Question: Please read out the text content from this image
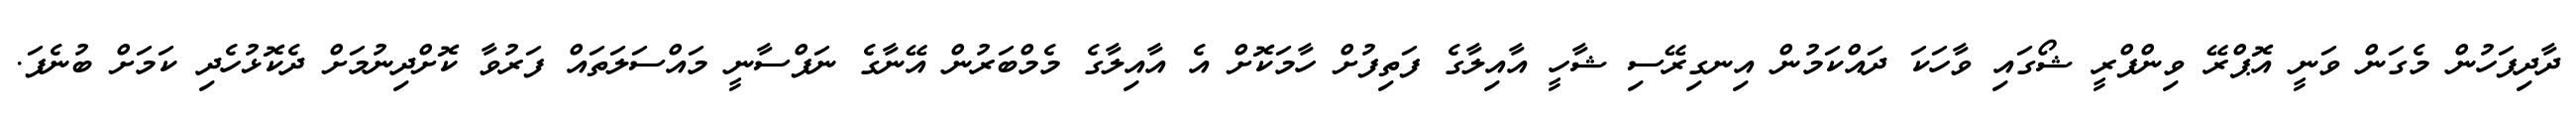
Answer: ދާދިފަހުން މެގަން ވަނީ އޮޕްރޭ ވިންފްރީ ޝޯގައި ވާހަކަ ދައްކަމުން އިނގިރޭސި ޝާހީ އާއިލާގެ ފަތިފުށް ހާމަކޮށް އެ އާއިލާގެ މެމްބަރުން އޭނާގެ ނަފްސާނީ މައްސަލަތައް ފަރުވާ ކޮށްދިނުމަށް ދެކޮޅުހެދި ކަމަށް ބުނެފަ.